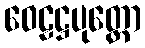
ဝေဠဋ္ဌပုတ္တော